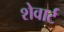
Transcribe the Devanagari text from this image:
शेवार्ट